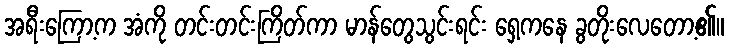
အရီးကြော့က အံကို တင်းတင်းကြိတ်ကာ မာန်တွေသွင်းရင်း ရှေ့ကနေ ခွတိုးလေတော့၏။